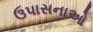
ઉપાસનાઓ